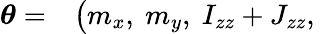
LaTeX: \begin{array}{rl}{\boldsymbol{\theta}=}&{{}\big(m_{x},~m_{y},~I_{zz}+J_{zz},~}\end{array}